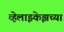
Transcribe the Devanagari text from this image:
व्हेलाझ्केझच्या